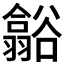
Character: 𮙑